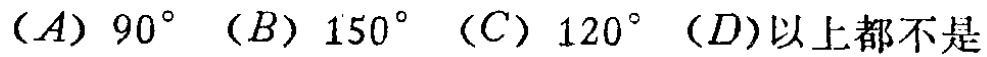
$(A)\ 90^{\circ}\ (B)\ 150^{\circ}\ (C)\ 120^{\circ}\ (D)以上都不是$